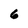
Character: 6